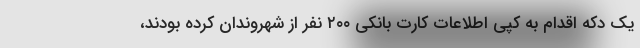
یک دکه اقدام به کپی اطلاعات کارت بانکی ۲۰۰ نفر از شهروندان کرده بودند،